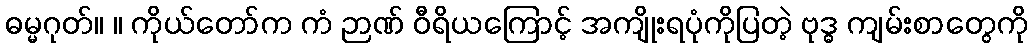
ဓမ္မဂုတ်။ ။ ကိုယ်တော်က ကံ ဉာဏ် ဝီရိယကြောင့် အကျိုးရပုံကိုပြတဲ့ ဗုဒ္ဓ ကျမ်းစာတွေကို